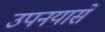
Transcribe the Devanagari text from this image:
उपनयासें